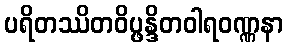
ပရိတဿိတဝိပ္ဖန္ဒိတဝါရဝဏ္ဏနာ